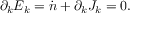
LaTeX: \partial _ { k } E _ { k } = \dot { n } + \partial _ { k } J _ { k } = 0 .